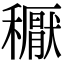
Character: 𥣘